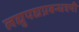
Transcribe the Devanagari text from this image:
लद्युपद्यप्रबन्धत्रयी